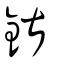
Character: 鍖